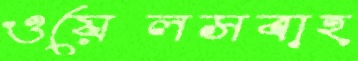
ওয়েলসবাহ